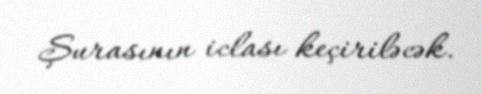
Şurasının iclası keçiriləcək.